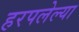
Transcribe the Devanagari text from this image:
हरपलेल्या